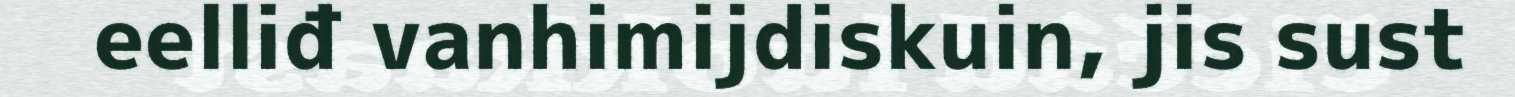
eelliđ vanhimijdiskuin, jis sust